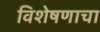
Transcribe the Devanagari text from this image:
विशेषणाचा